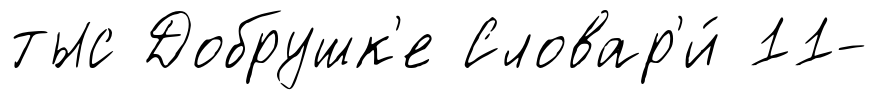
тыс Добрушк'е Словар'и́ 11-